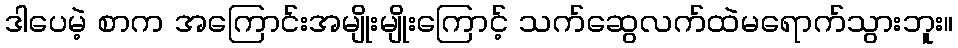
ဒါပေမဲ့ စာက အကြောင်းအမျိုးမျိုးကြောင့် သက်ဆွေလက်ထဲမရောက်သွားဘူး။